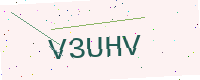
Text: V3UHV